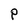
Character: P